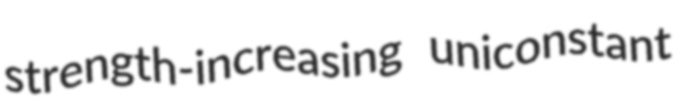
strength-increasing uniconstant